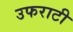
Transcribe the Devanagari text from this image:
उफराटी